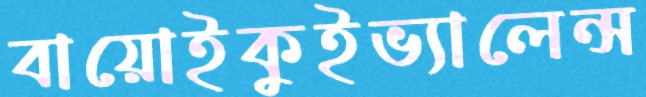
বায়োইকুইভ্যালেন্স